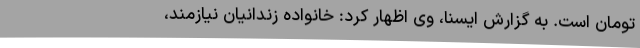
تومان است. به گزارش ایسنا، وی اظهار کرد: خانواده زندانیان نیازمند،